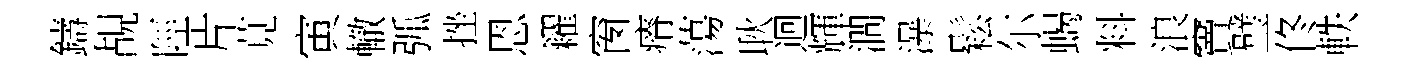
鑄覘陘片莧寅轍弧挫恩糴窗瘠蕩耿迴輝澗瀑鬆尓蝎料浪竇璧佟軼